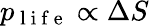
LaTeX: p_{\mathrm{~l~i~f~e~}}\propto\Delta S